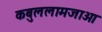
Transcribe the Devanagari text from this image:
कबुललामजाओ